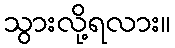
သွားလို့ရလား။